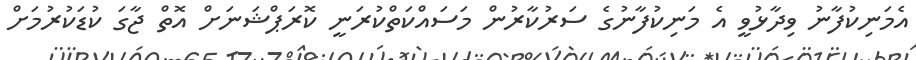
އެމަނިކުފާނު ވިދާޅުވީ އެ މަނިކުފާނުގެ ސަރުކާރުން މަސައްކަތްކުރަނީ ކޮރަޕްޝަނަށް އޮތް ޖާގަ ކުޑަކުރުމަށް